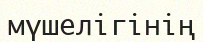
мүшелігінің